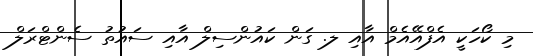
މި ކޯހަކީ އެފްއޭއެމް އާއި ލ. ގަން ކައުންސިލް އާއި ސައުތު ސެންޓްރަލް